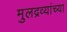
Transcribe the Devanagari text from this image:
मुलद्रव्यांच्या